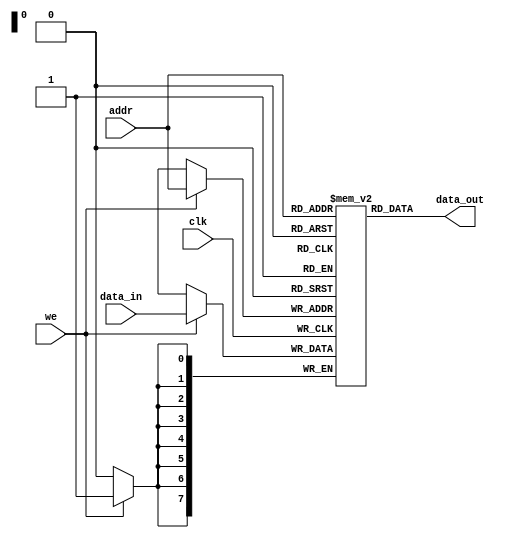
module data_mem
(
 input 	       clk,
 input [7:0]  data_in,
 input [7:0]  addr,
 input 	       we,
 output [7:0] data_out
);
   reg [7:0] 	ram[0:255];

   initial begin
      // 0
      ram[0] = 0;
      // X
      ram[1] = 24;
      // Y
      ram[2] = 7;
      // NEGN
      ram[3] = 0;
      // N
      ram[4] = 0;
      // ONE
      ram[5] = 1;
   end
   
   always @(posedge clk)
     if (we)
       ram[addr] <= data_in;

   assign data_out = ram[addr];
   
endmodule